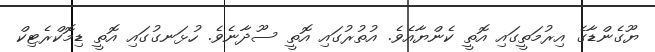
ޔޫގެންޑާގެ އިރުމަތީގައި އޮތީ ކެންޔާއެވެ. އުތުރުގައި އޮތީ ސޫދާނެވެ. ހުޅަނގުގައި އޮތީ ޑިމޮކްރެޓިކް